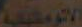
الالومينية